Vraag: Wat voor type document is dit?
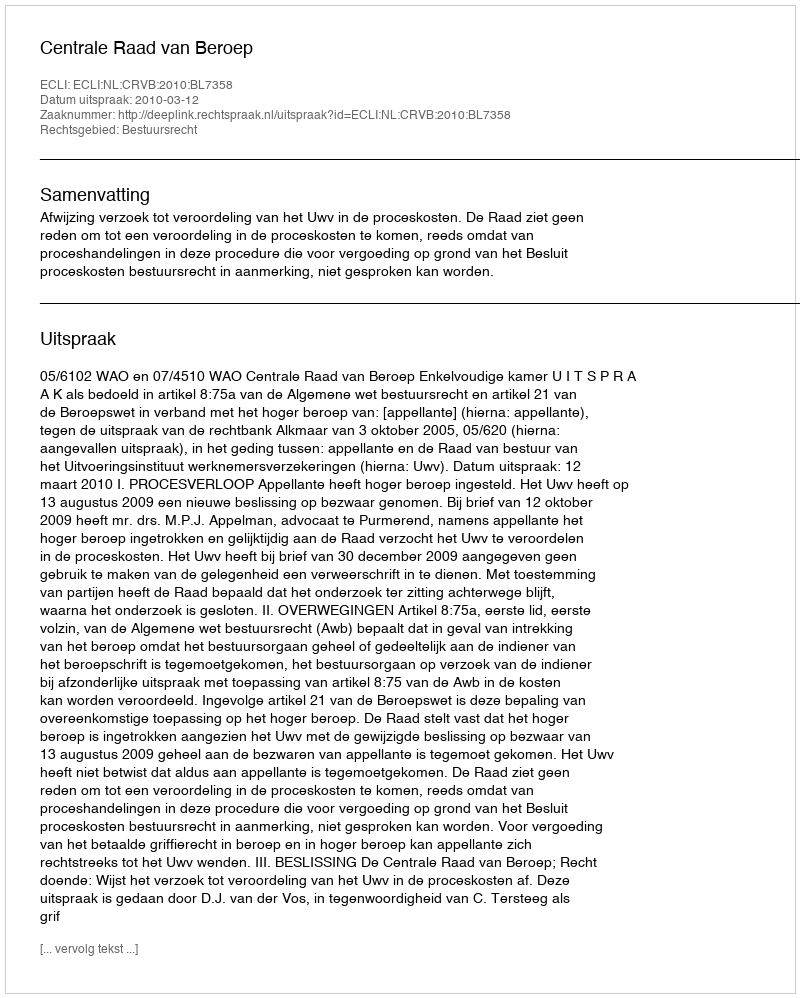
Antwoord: Uitspraak